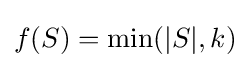
f(S)=\min(|S|,k)